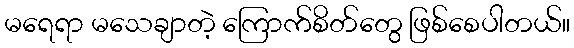
မရေရာ မသေချာတဲ့ ကြောက်စိတ်တွေ ဖြစ်စေပါတယ်။